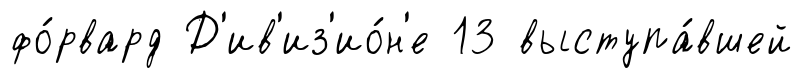
фо́рвард Д'ив'из'ио́н'е 13 выступа́вшей